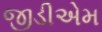
જીડીએમ